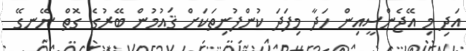
އަދި މި އޭޖެންސީއިން ހަދާ މިފަދަ ކުންފުނިތަކަށް ޤައުމުން ބޭރުގެ ގޮތް ނޭނގޭ